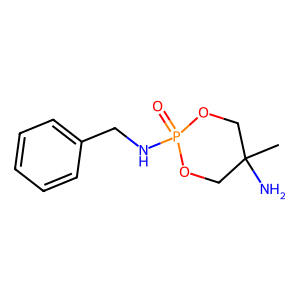
SMILES: CC1(N)COP(=O)(NCc2ccccc2)OC1
Inhibits HIV replication: No